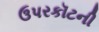
ઉપરકૉટની